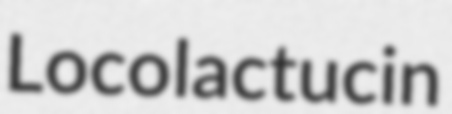
Loco lactucin